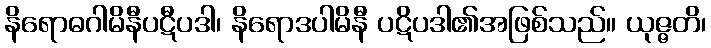
နိရောဓဂါမိနီပဋီပဒါ၊ နိရောဒပါမိနီ ပဋိပဒါ၏အဖြစ်သည်။ ယုဇ္ဇတိ၊